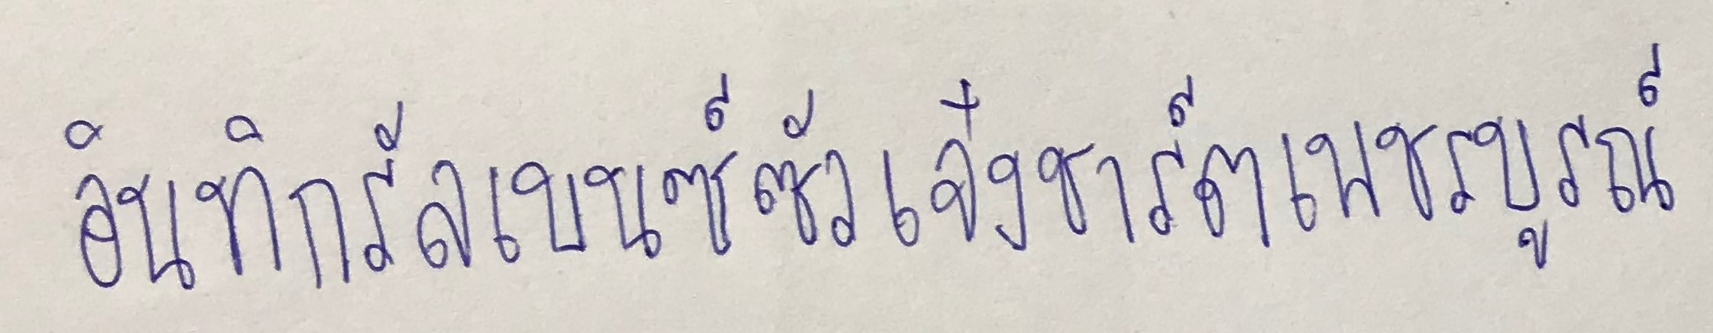
อินทิกรัลเบนซ์ซัวเจ๋งชาร์ตเพชรบูรณ์